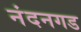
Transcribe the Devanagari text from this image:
नंदनगड